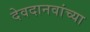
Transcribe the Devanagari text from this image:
देवदानवांच्या